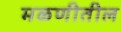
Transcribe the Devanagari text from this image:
मळणीतील